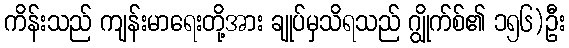
ကိန်းသည် ကျန်းမာရေးတို့အား ချုပ်မှသိရသည် ဂျွိုက်စ်၏ ၁၅၆)ဦး